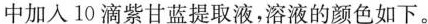
中加入10滴紫甘蓝提取液，溶液的颜色如下